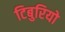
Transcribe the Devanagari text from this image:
टिबुरियो